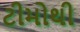
ટીમોથી